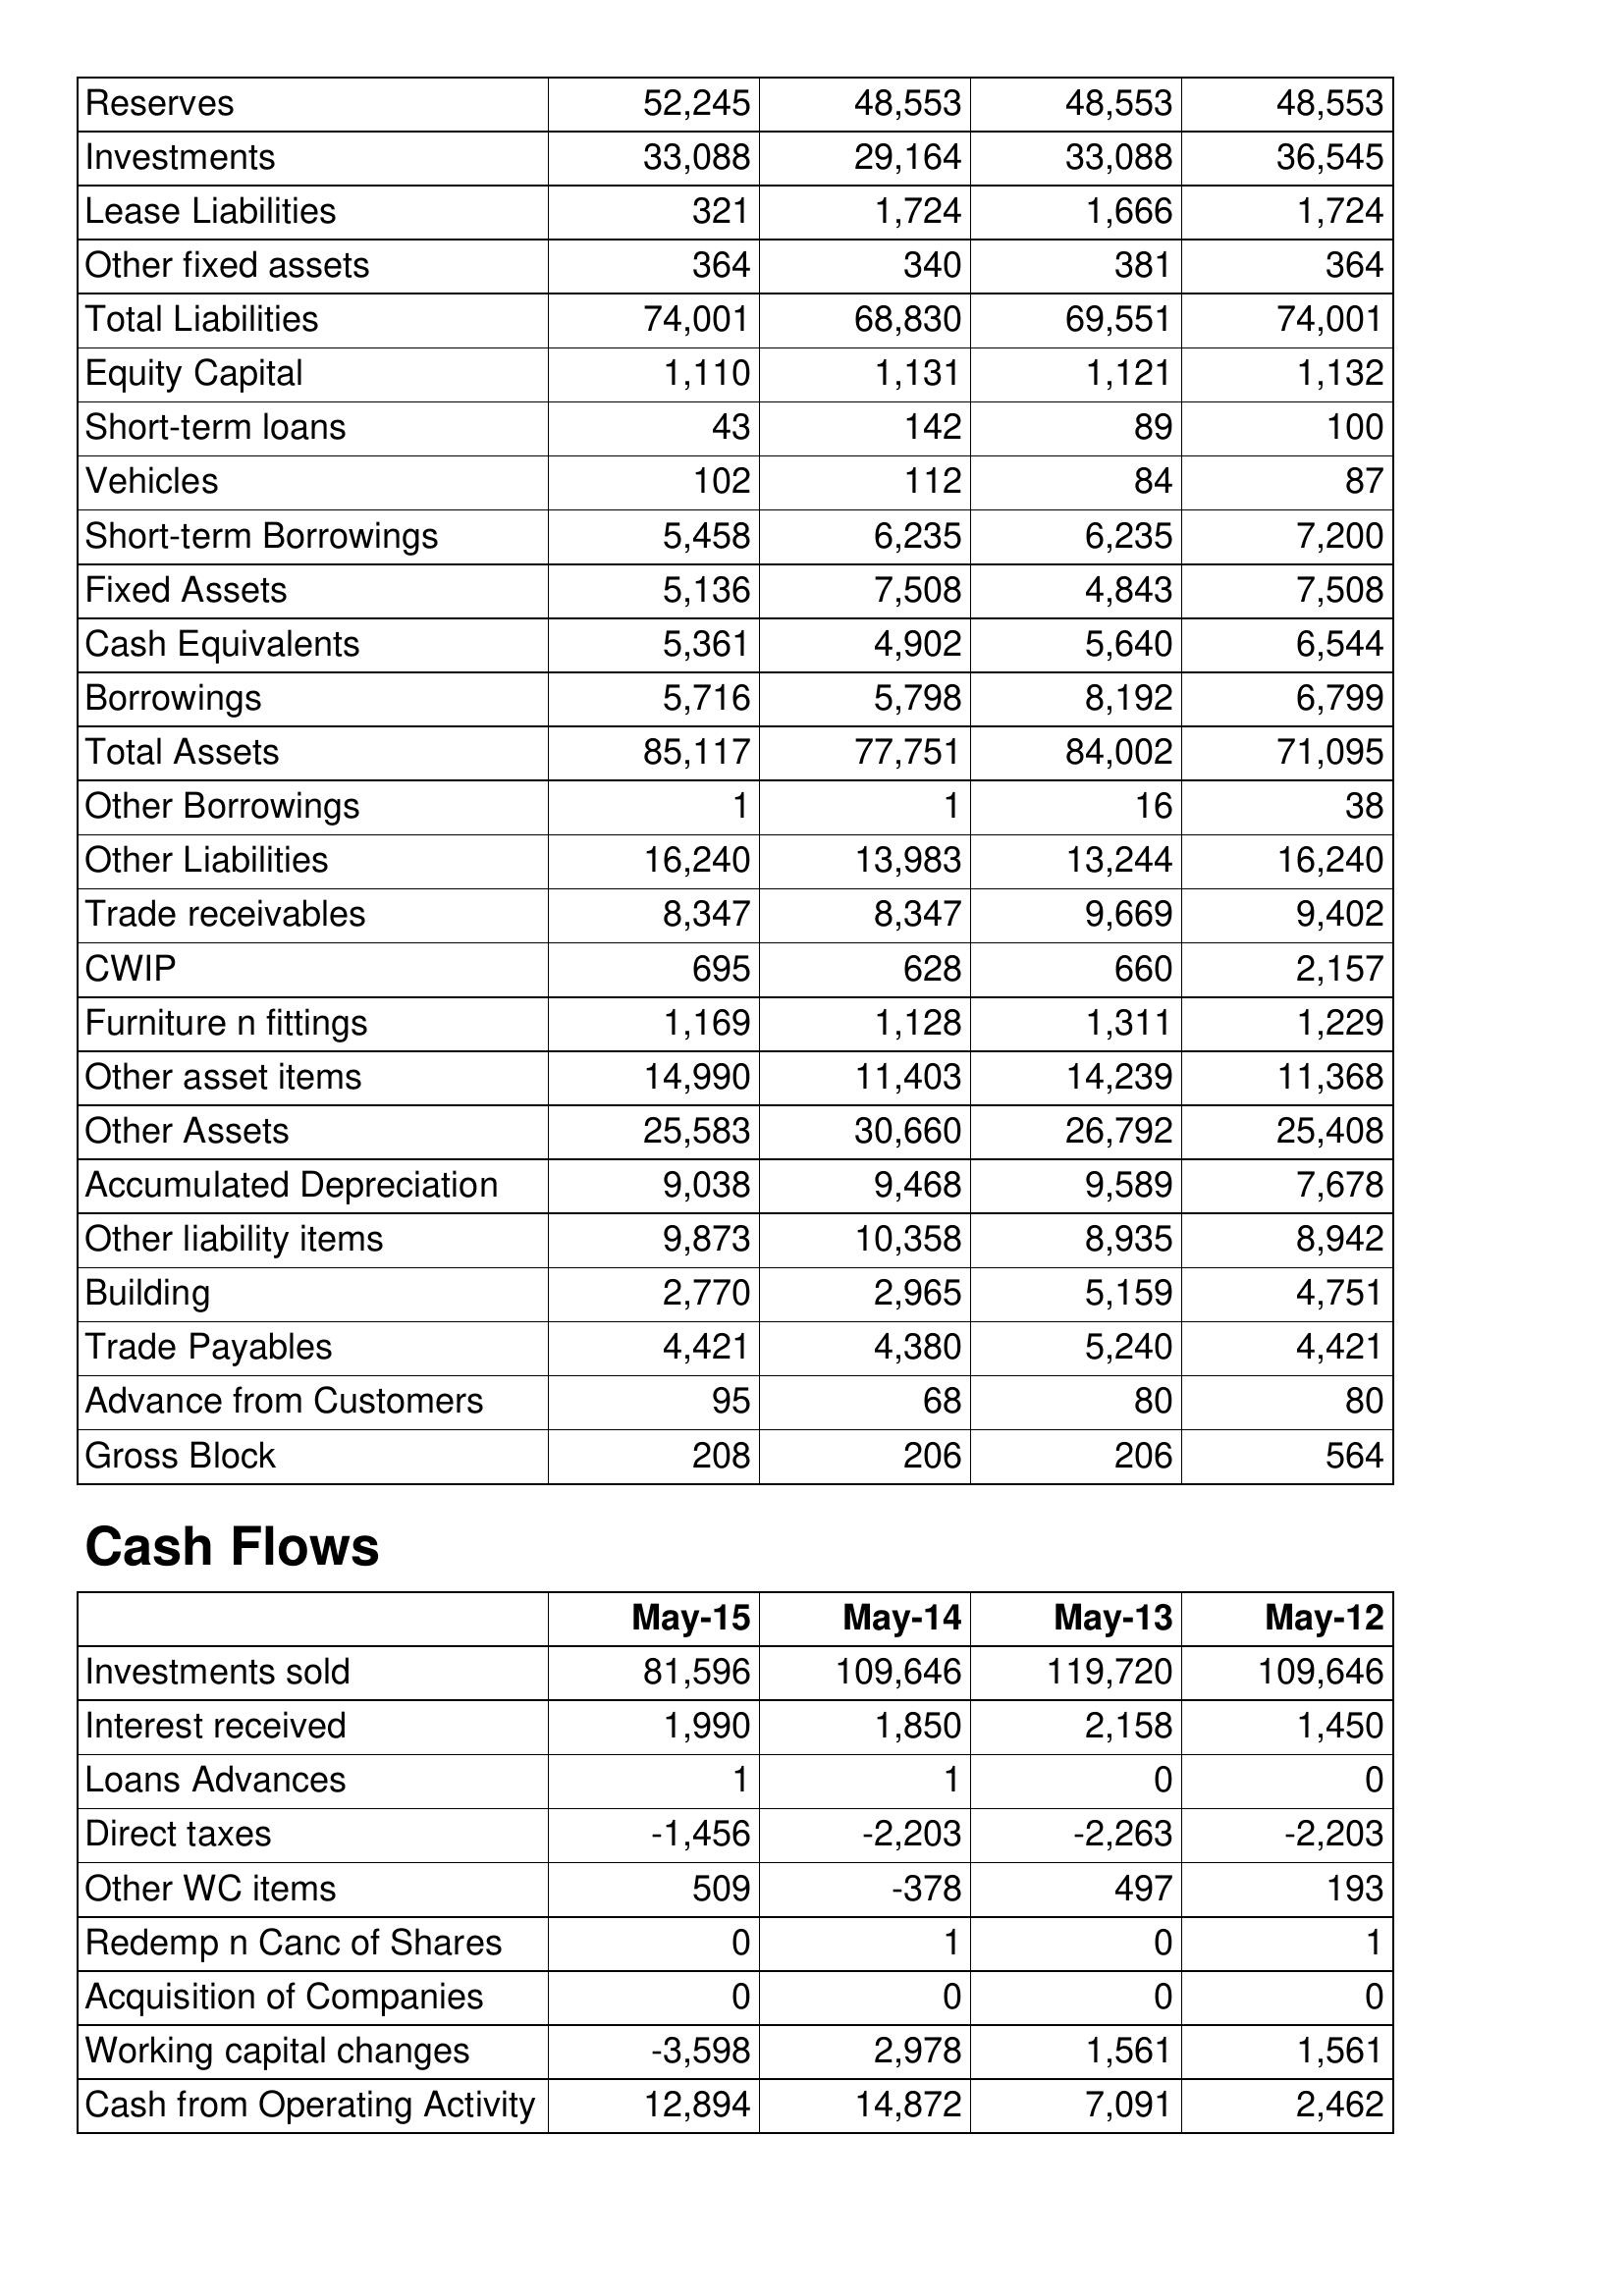
May-15: Balance Sheet: Reserves: 52,245
Investments: 33,088
Lease Liabilities: 321
Other fixed assets: 364
Total Liabilities: 74,001
Equity Capital: 1,110
Short-term loans: 43
Vehicles: 102
Short-term Borrowings: 5,458
Fixed Assets: 5,136
Cash Equivalents: 5,361
Borrowings: 5,716
Total Assets: 85,117
Other Borrowings: 1
Other Liabilities: 16,240
Trade receivables: 8,347
CWIP: 695
Furniture n fittings: 1,169
Other asset items: 14,990
Other Assets: 25,583
Accumulated Depreciation: 9,038
Other liability items: 9,873
Building: 2,770
Trade Payables: 4,421
Advance from Customers: 95
Gross Block: 208
Cash Flows: Investments sold: 81,596
Interest received: 1,990
Loans Advances: 1
Direct taxes: -1,456
Other WC items: 509
Redemp n Canc of Shares: 0
Acquisition of Companies: 0
Working capital changes: -3,598
Cash from Operating Activity: 12,894
May-14: Balance Sheet: Reserves: 48,553
Investments: 29,164
Lease Liabilities: 1,724
Other fixed assets: 340
Total Liabilities: 68,830
Equity Capital: 1,131
Short-term loans: 142
Vehicles: 112
Short-term Borrowings: 6,235
Fixed Assets: 7,508
Cash Equivalents: 4,902
Borrowings: 5,798
Total Assets: 77,751
Other Borrowings: 1
Other Liabilities: 13,983
Trade receivables: 8,347
CWIP: 628
Furniture n fittings: 1,128
Other asset items: 11,403
Other Assets: 30,660
Accumulated Depreciation: 9,468
Other liability items: 10,358
Building: 2,965
Trade Payables: 4,380
Advance from Customers: 68
Gross Block: 206
Cash Flows: Investments sold: 109,646
Interest received: 1,850
Loans Advances: 1
Direct taxes: -2,203
Other WC items: -378
Redemp n Canc of Shares: 1
Acquisition of Companies: 0
Working capital changes: 2,978
Cash from Operating Activity: 14,872
May-13: Balance Sheet: Reserves: 48,553
Investments: 33,088
Lease Liabilities: 1,666
Other fixed assets: 381
Total Liabilities: 69,551
Equity Capital: 1,121
Short-term loans: 89
Vehicles: 84
Short-term Borrowings: 6,235
Fixed Assets: 4,843
Cash Equivalents: 5,640
Borrowings: 8,192
Total Assets: 84,002
Other Borrowings: 16
Other Liabilities: 13,244
Trade receivables: 9,669
CWIP: 660
Furniture n fittings: 1,311
Other asset items: 14,239
Other Assets: 26,792
Accumulated Depreciation: 9,589
Other liability items: 8,935
Building: 5,159
Trade Payables: 5,240
Advance from Customers: 80
Gross Block: 206
Cash Flows: Investments sold: 119,720
Interest received: 2,158
Loans Advances: 0
Direct taxes: -2,263
Other WC items: 497
Redemp n Canc of Shares: 0
Acquisition of Companies: 0
Working capital changes: 1,561
Cash from Operating Activity: 7,091
May-12: Balance Sheet: Reserves: 48,553
Investments: 36,545
Lease Liabilities: 1,724
Other fixed assets: 364
Total Liabilities: 74,001
Equity Capital: 1,132
Short-term loans: 100
Vehicles: 87
Short-term Borrowings: 7,200
Fixed Assets: 7,508
Cash Equivalents: 6,544
Borrowings: 6,799
Total Assets: 71,095
Other Borrowings: 38
Other Liabilities: 16,240
Trade receivables: 9,402
CWIP: 2,157
Furniture n fittings: 1,229
Other asset items: 11,368
Other Assets: 25,408
Accumulated Depreciation: 7,678
Other liability items: 8,942
Building: 4,751
Trade Payables: 4,421
Advance from Customers: 80
Gross Block: 564
Cash Flows: Investments sold: 109,646
Interest received: 1,450
Loans Advances: 0
Direct taxes: -2,203
Other WC items: 193
Redemp n Canc of Shares: 1
Acquisition of Companies: 0
Working capital changes: 1,561
Cash from Operating Activity: 2,462